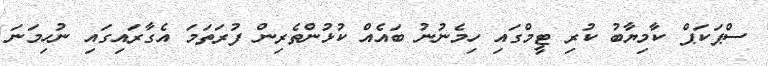
ސްޕަކަޕް ކާމިޔާބު ކުރި ޓީމްގައި ހިމެނުނު ބައެއް ކުޅުންތެރިން ފުރަތަމަ އެގާރައިގައި ނުހިމަނަ